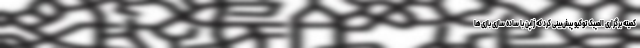
کمیته برگزاری المپیک توکیو پیش‌بینی کرد که ژاپن با ساده سازی بازی‌ها